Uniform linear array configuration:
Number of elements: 48
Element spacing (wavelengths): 0.75
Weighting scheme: kaiser
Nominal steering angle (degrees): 15
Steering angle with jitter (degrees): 16.202
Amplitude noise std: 0.05
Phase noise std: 0.05

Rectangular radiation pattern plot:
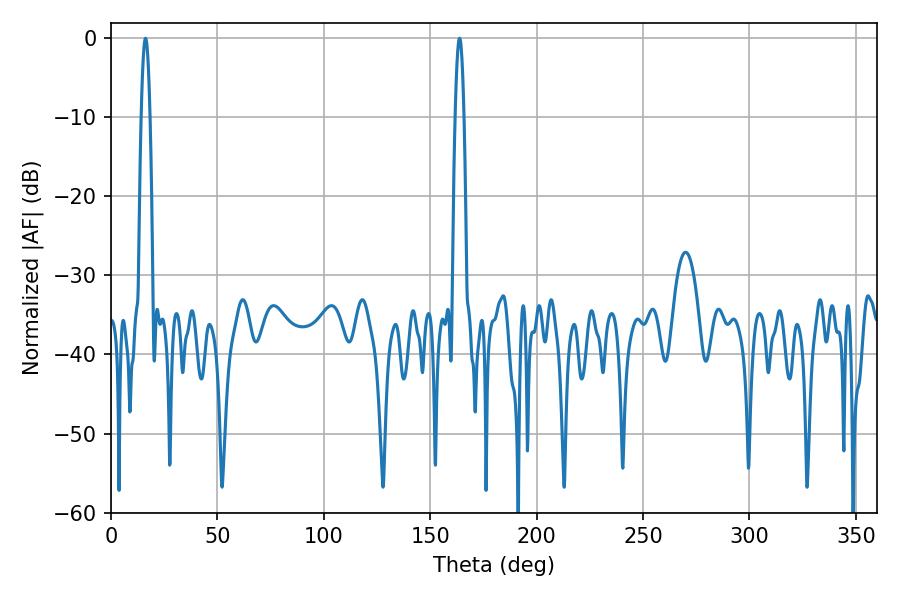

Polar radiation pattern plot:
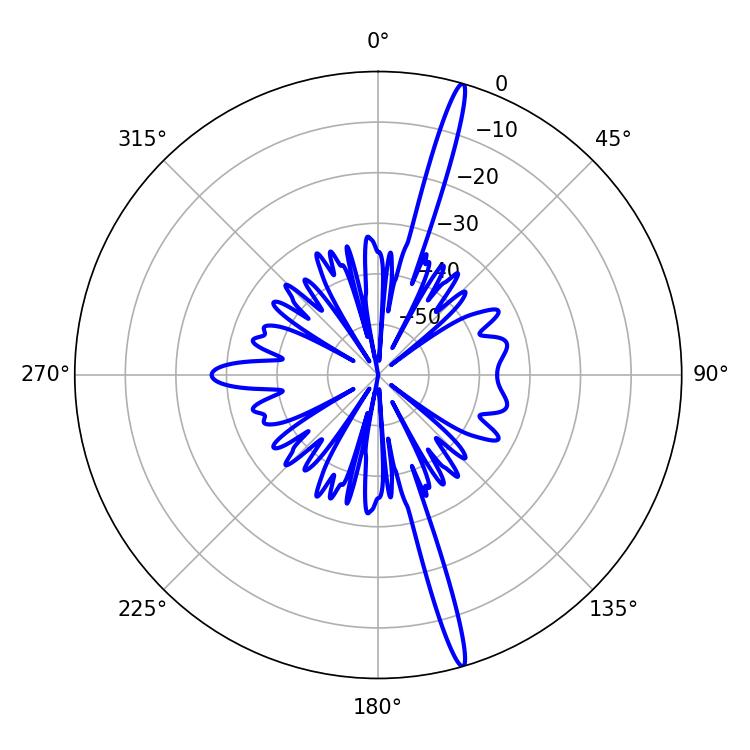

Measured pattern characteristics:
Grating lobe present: TRUE
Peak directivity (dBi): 19.175
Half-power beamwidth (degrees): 2.16
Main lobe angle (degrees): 16.2